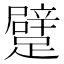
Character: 躄